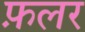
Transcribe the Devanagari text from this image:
फ़लर